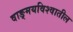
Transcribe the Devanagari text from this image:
वाङ्‌मयविश्‍वातील